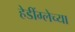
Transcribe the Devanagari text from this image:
हेडींग्लेच्या